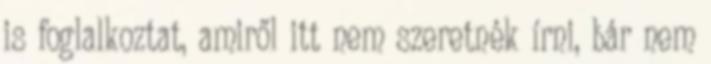
is foglalkoztat, amiről itt nem szeretnék írni, bár nem